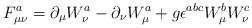
\begin{align*}F_{\mu \nu} ^a = \partial _{\mu} W_{\nu} ^a - \partial _{\nu}W_{\mu} ^a + g \epsilon ^{abc} W_{\mu} ^b W_{\nu} ^c\end{align*}